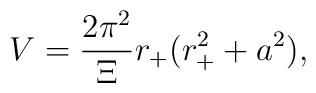
V = \frac{2 \pi^2}{\Xi} r_{+} (r_{+}^2 + a^2),